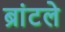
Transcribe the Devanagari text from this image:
ब्रांटले